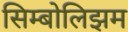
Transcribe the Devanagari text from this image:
सिम्बोलिझम